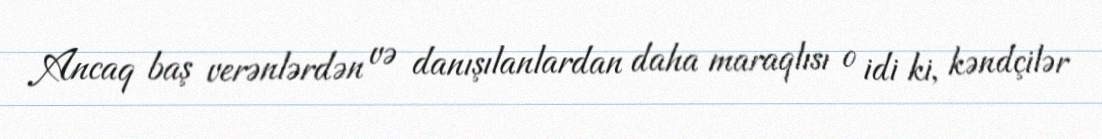
Ancaq baş verənlərdən və danışılanlardan daha maraqlısı o idi ki, kəndçilər